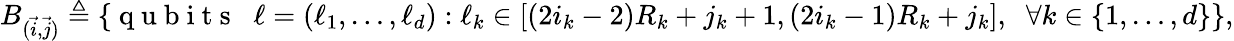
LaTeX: B_{(\vec{i},\vec{j})}\triangleq\{ \mathrm{~q~u~b~i~t~s~}\; \; \ell=(\ell_{1},\dots,\ell_{d}):\ell_{k}\in[(2i_{k}-2)R_{k}+j_{k}+1,(2i_{k}-1)R_{k}+j_{k}],\; \; \forall k\in\{ 1,\dots,d\} \} ,